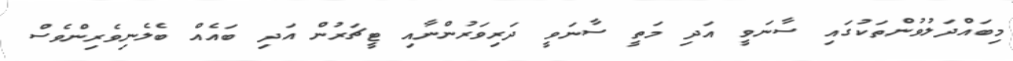
މިބައްދަލުވުންތަކުގައި ސާނަވީ އަދި މަތީ ސާނަވީ ދަރިވަރުންނާއި ޓީޗަރުން އަދި ބައެއް ބެލެނިވެރިންވެސް